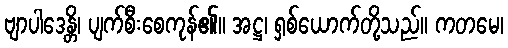
ဗျာပါဒေန္တိ၊ ပျက်စီးစေကုန်၏။ အဋ္ဌ၊ ရှစ်ယောက်တို့သည်။ ကတမေ၊